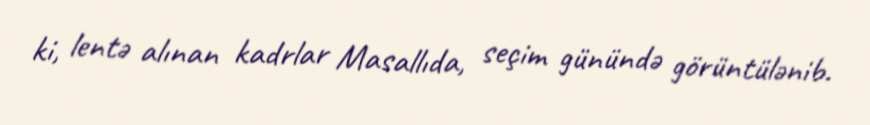
ki, lentə alınan kadrlar Masallıda, seçim günündə görüntülənib.